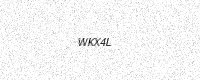
Text: WKX4L